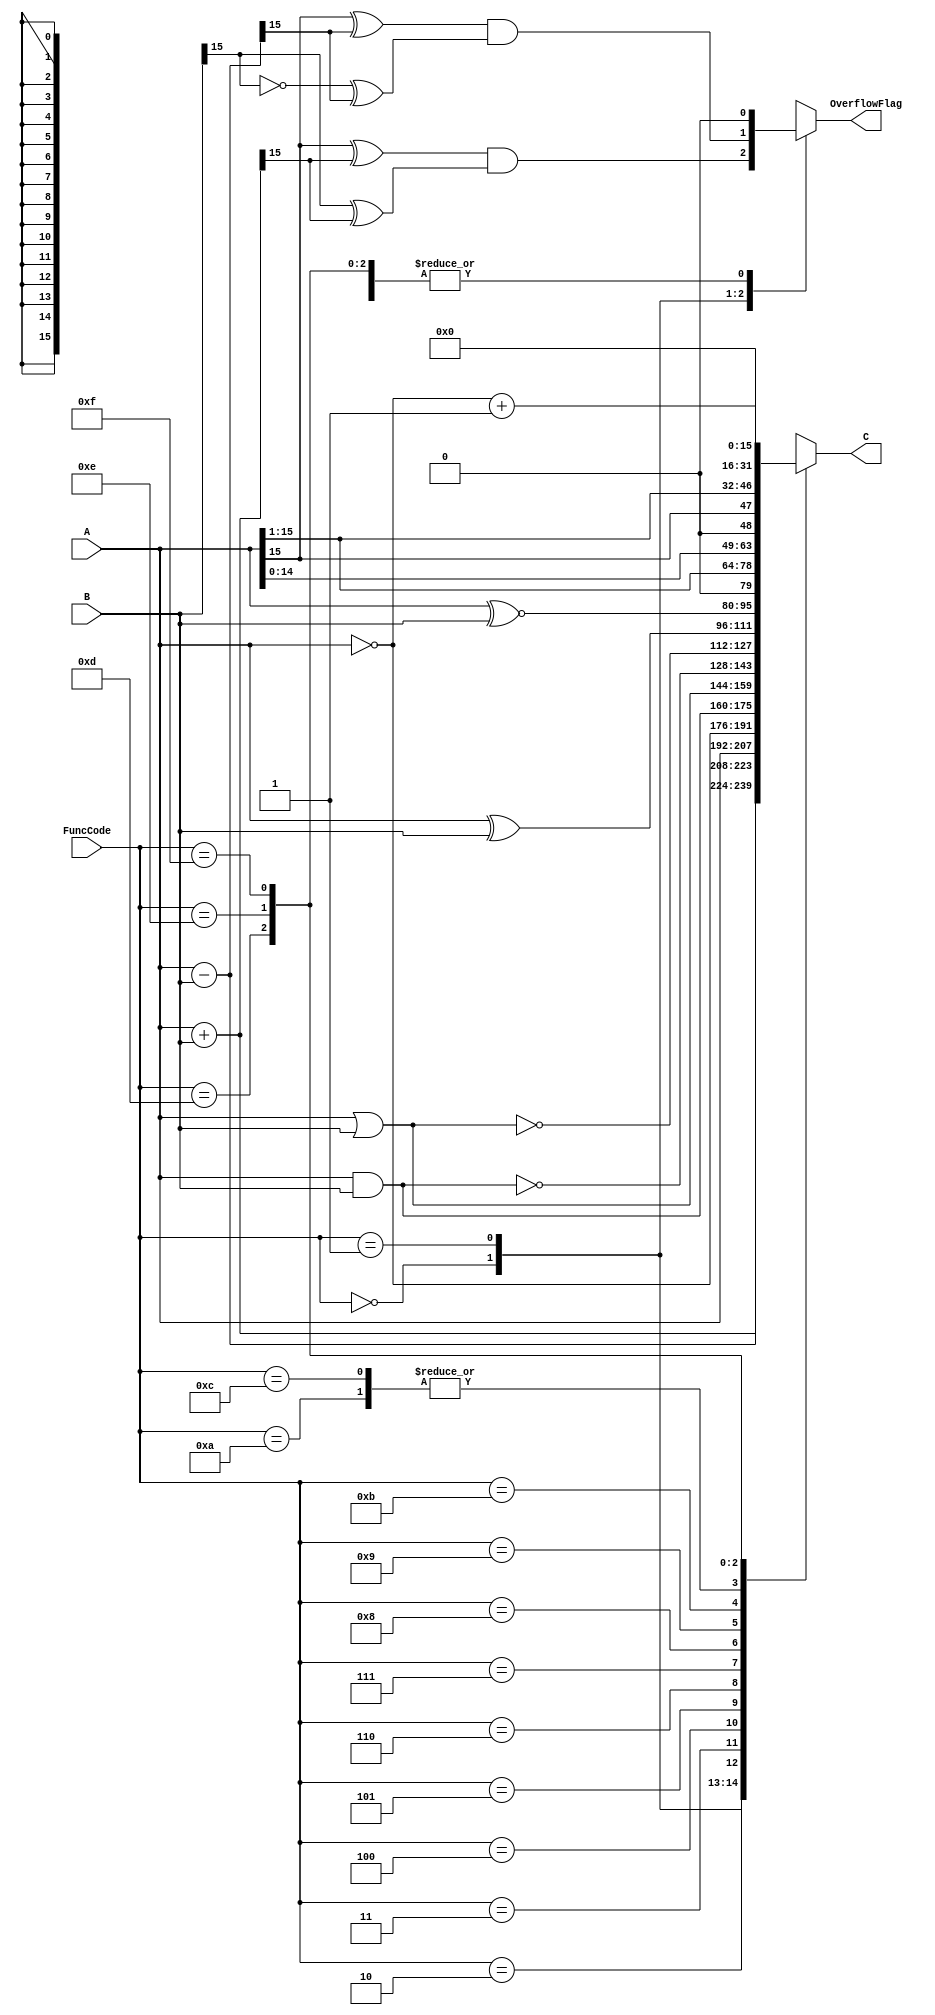
`timescale 1ns / 100ps

`define	NumBits	16
`define	FUNC_ADD	4'b0000
`define	FUNC_SUB	4'b0001
`define FUNC_ID 	4'b0010
`define FUNC_NOT	4'b0011
`define	FUNC_AND	4'b0100
`define	FUNC_OR 	4'b0101
`define	FUNC_NAND	4'b0110
`define	FUNC_NOR	4'b0111
`define FUNC_XOR	4'b1000
`define FUNC_XNOR	4'b1001
`define	FUNC_LLS	4'b1010
`define	FUNC_LRS	4'b1011
`define	FUNC_ALS	4'b1100
`define	FUNC_ARS	4'b1101
`define	FUNC_TCP	4'b1110
`define	FUNC_ZERO	4'b1111

module ALU (A, B, FuncCode, C, OverflowFlag);
	input [`NumBits-1:0] A;
	input [`NumBits-1:0] B;
	input [3:0] FuncCode;
	output [`NumBits-1:0] C;
	output OverflowFlag;

	reg [`NumBits-1:0] C;
	reg OverflowFlag;

	initial begin
		C = 0;
		OverflowFlag = 0;
	end   	
	
	always @(A or B or FuncCode) begin
		case(FuncCode)
			`FUNC_ADD: begin
					C = A + B;
					OverflowFlag = (A[`NumBits - 1] ^ C[`NumBits -1]) & (B[`NumBits -1] ^ C[`NumBits -1] ); 
				end
			`FUNC_SUB: begin 
					C = A - B; 
					OverflowFlag = (A[`NumBits - 1] ^ C[`NumBits -1]) & (~B[`NumBits -1] ^ C[`NumBits -1] ); 
				end
			`FUNC_ID: begin C = A; OverflowFlag = 0; end
			`FUNC_NOT: begin C = ~A; OverflowFlag = 0; end
			`FUNC_AND: begin C = A & B; OverflowFlag = 0; end
			`FUNC_OR: begin C = A | B; OverflowFlag = 0; end
			`FUNC_NAND: begin C = ~(A & B); OverflowFlag = 0; end
			`FUNC_NOR: begin C = ~(A | B); OverflowFlag = 0; end
			`FUNC_XOR: begin C = A ^ B; OverflowFlag = 0; end
			`FUNC_XNOR: begin C = A ~^ B; OverflowFlag = 0; end
			`FUNC_LLS: begin C = A << 1; OverflowFlag = 0; end
			`FUNC_LRS: begin C = A >> 1; OverflowFlag = 0; end
			`FUNC_ALS: begin C = A <<< 1; OverflowFlag = 0; end
			`FUNC_ARS: begin C = {A[`NumBits -1], A[`NumBits -1: 1]}; OverflowFlag = 0; end
			`FUNC_TCP: begin C = ~A + 1; OverflowFlag = 0; end
			`FUNC_ZERO: begin C = 0; OverflowFlag = 0; end
		endcase
	end
	// TODO: You should implement the functionality of ALU!
	// (HINT: Use 'always @(...) begin ... end')
	/*
		YOUR ALU FUNCTIONALITY IMPLEMENTATION...
	*/

endmodule